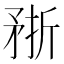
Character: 𥍭